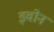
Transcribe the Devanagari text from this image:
इवोन